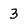
Character: 3